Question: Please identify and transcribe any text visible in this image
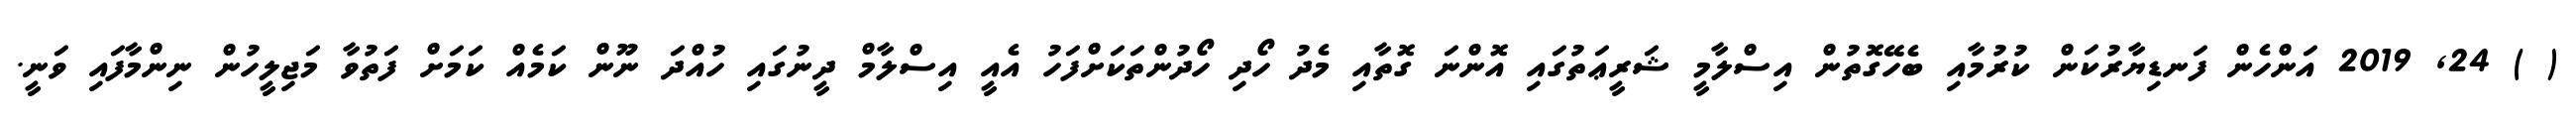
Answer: ( ) 24, 2019 އަންހެން ފަނޑިޔާރުކަން ކުރުމާއި ބެހޭގޮތުން އިސްލާމީ ޝަރީޢަތުގައި އޮންނަ ގޮތާއި މެދު ހޯދި ހޯދުންތަކަށްފަހު އެއީ އިސްލާމް ދީނުގައި ހުއްދަ ނޫން ކަމެއް ކަމަށް ފަތުވާ މަޖިލީހުން ނިންމާފައި ވަނީ.